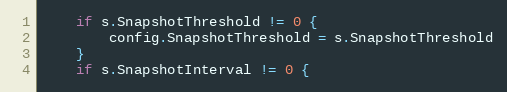
Language: Go
	if s.SnapshotThreshold != 0 {
		config.SnapshotThreshold = s.SnapshotThreshold
	}
	if s.SnapshotInterval != 0 {